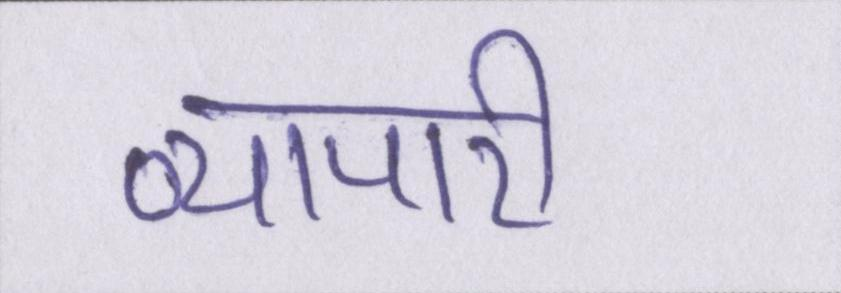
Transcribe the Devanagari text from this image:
व्यापारी